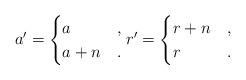
LaTeX: \begin{align*}a'=\begin{cases} a & , \\ a+n & . \end{cases}r'=\begin{cases} r+n & , \\ r & . \end{cases}\end{align*}